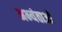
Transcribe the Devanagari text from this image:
अभ्यंताओं